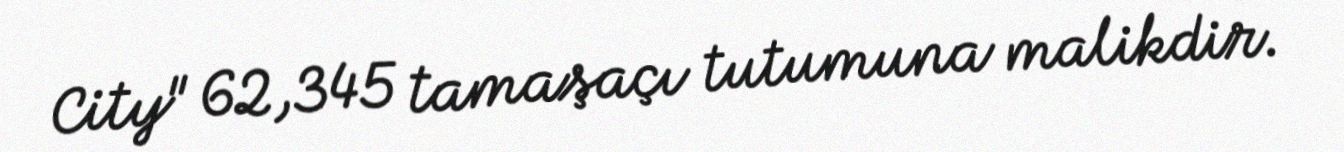
City" 62,345 tamaşaçı tutumuna malikdir.